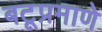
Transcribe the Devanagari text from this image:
बटूप्रमाणे